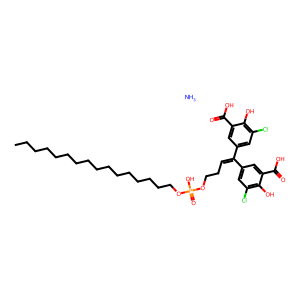
SMILES: CCCCCCCCCCCCCCCCOP(=O)(O)OCCC=C(c1cc(Cl)c(O)c(C(=O)O)c1)c1cc(Cl)c(O)c(C(=O)O)c1.N
Inhibits HIV replication: No